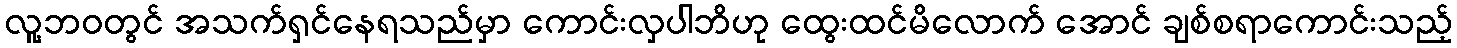
လူ့ဘဝတွင် အသက်ရှင်နေရသည်မှာ ကောင်းလှပါဘိဟု ထွေးထင်မိလောက် အောင် ချစ်စရာကောင်းသည့်